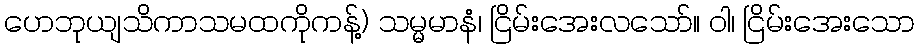
ဟေဘုယျသိကာသမထကိုကန့်) သမ္မမာနံ၊ ငြိမ်းအေးလသော်။ ဝါ၊ ငြိမ်းအေးသော